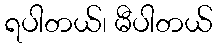
ရပါတယ်၊ မီပါတယ်